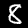
Label: 8